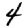
Digit: 4